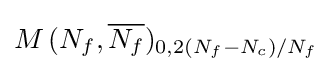
M\,(N_{f},{\overline {N_{f}}})_{0,2(N_{f}-N_{c})/N_{f}}